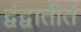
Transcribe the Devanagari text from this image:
द्वंद्वातीतं